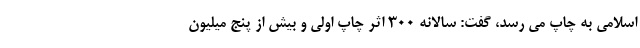
اسلامی به چاپ می رسد، گفت: سالانه ۳۰۰ اثر چاپ اولی و بیش از پنج میلیون